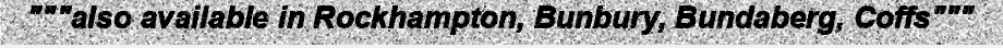
"""also available in Rockhampton, Bunbury, Bundaberg, Coffs"""